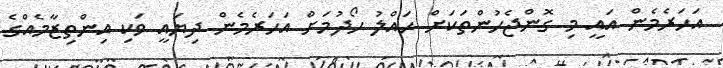
އަހަރެމެން އައީ މި ގޮންޖެހުންތަކަށް ހައްލު ހޯދުމަށް އަހަރެމެން ދިޔައީ ވަކި އިންތިޒާމެއްގެ